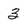
Character: 3